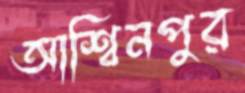
আশ্বিনপুর